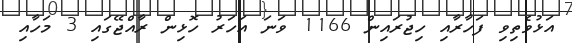
އަޅުވެތިވި ފަހާރާއި ހިޖުރައިން 1166 ވަނަ އަހަރު ހޮޅިން ރާއްޖޭގައި 3 މަހާއި